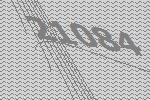
21084